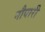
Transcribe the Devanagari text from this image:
नौवारी